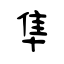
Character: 隼